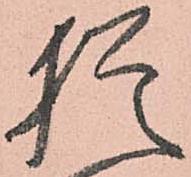
猶